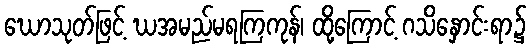
ဃောသုတ်ဖြင့် ဃအမည်မရကြကုန်၊ ထို့ကြောင့် ဂသိနှောင်းရာ၌